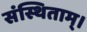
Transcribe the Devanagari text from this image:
संस्थिताम्‌।